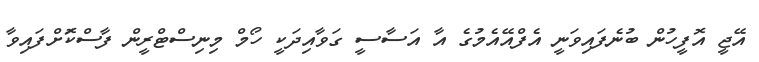
އޭޖީ އޮފީހުން ބުނެފައިވަނީ އެފްއޭއެމުގެ އާ އަސާސީ ގަވާއިދަކީ ހޯމް މިނިސްޓްރީން ފާސްކޮަށްފައިވާ